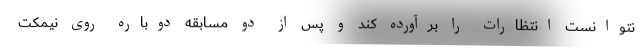
نتوانست انتظارات را برآورده کند و پس از دو مسابقه دوباره روی نیمکت